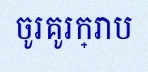
ចូរគូរក្រាប